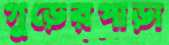
গুড়েরপাড়া